Sanitation, dispensaries and jails vaccination Rajputana 1922-1927 - 1922-1927
Year: 1922
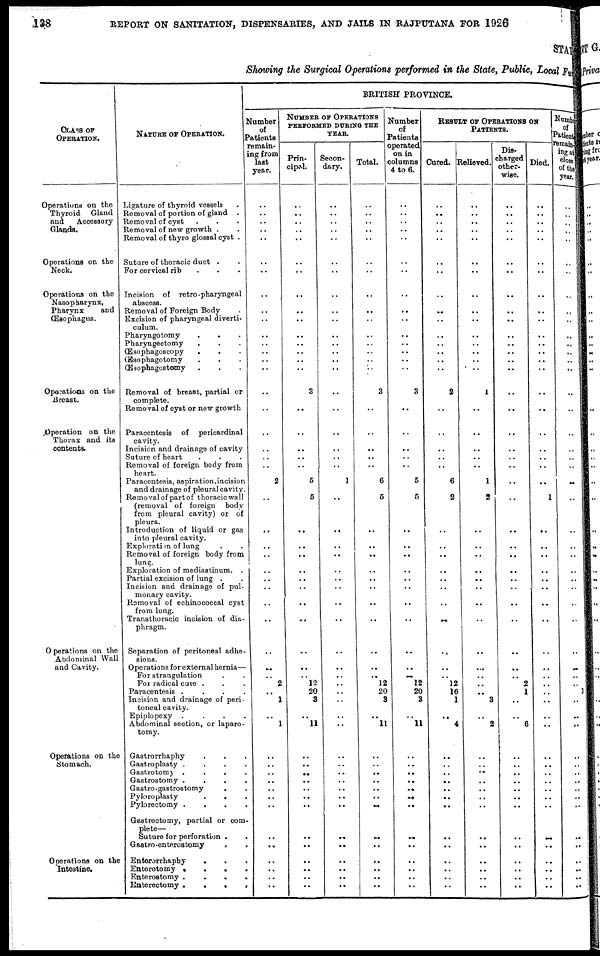
138
REPORT ON SANITATION, DISPENSARIES, AND JAILS IN RAJPUTANA FOR 1926
STATE
Showing the Surgical Operations performed in the State, Public, Local Fund
CLASS OF
OPERATION.
Operations on the
Thyroid Gland
and
Accessory
Glands.
Operations on the
Neck.
Operations on the
Nasopharynx,
Pharynx
and
Œsophagus.
Operations on the
Breast.
Operation on the
Thorax and its
contents.
Operations on the
Abdominal Wall
and Cavity.
Operations on the
Stomach.
Operations on the
Intestine.
NATURE OF OPERATION.
Ligature of thyroid vessels .
Removal of portion of gland .
Removal of cyst . . .
Removal of new growth . .
Removal of thyro glossal cyst .
Suture of thoracic duct . .
For cervical rib . . .
Incision of retro-pharyngeal
abscess.
Removal of Foreign Body .
Excision of pharyngeal diverti¬
culum.
Pharyngotomy . . .
Pharyngectomy . . .
Œsophagoscopy . . .
Œsophagotomy . . .
Œsophagostomy . . .
Removal of breast, partial or
complete.
Removal of cyst or new growth
Paracentesis of pericardinal
cavity.
Incision and drainage of cavity
Suture of heart . . .
Removal of foreign body from
heart.
Paracentesis, aspiration,incision
and drainage of pleural cavity.
Removal of part of thoracic wall
(removal of foreign body
from pleural cavity) or of
pleura.
Introduction of liquid or gas
into pleural cavity.
Exploration of lung . .
Removal of foreign body from
lung.
Exploration of mediastinum. .
Partial excision of lung . .
Incision and drainage of pul-
monary cavity.
Removal of echinococcal cyst
from lung.
Transthoracic incision of dia-
phragm.
Separation of peritoneal adhe-
sions.
Operations for external hernia—
For strangulation . .
For radical cure . . .
Paracentesis .
.
.
.
Incision and drainage of peri-
toneal cavity.
Epiplopexy .
.
.
.
Abdominal section, or Iaparo¬
tomy.
Gastrorrhaphy . . .
Gastroplasty .
.
.
.
Gastrotomy .
.
.
.
Gastrostomy .
.
.
.
Gastro-gastrostomy
. .
Pyloroplasty
.
. .
Pylorectomy .
.
.
.
Gastrectomy, partial or com¬
plete—
Suture for perforation . .
Gastro-enterostomy . .
Enterorrhaphy
. . .
Enterotomy .
.
.
.
Enterostomy .
.
.
.
Enterectomy .
.
.
.
BRITISH PROVINCE.
Number
of
Patients
remain-
ing from
last
year.
..
..
..
..
..
..
..
..
..
..
..
..
..
..
..
..
..
..
..
..
..
2
..
..
..
..
..
..
..
..
..
..
..
..
2
..
1
..
1
..
..
..
..
..
..
..
..
..
..
..
..
..
NUMBER OF OPERATIONS
PERFORMED DURING THE
YEAR.
Prin-
cipal.
..
..
..
..
..
..
..
..
..
..
..
..
..
..
..
3
..
..
..
..
..
5
5
..
..
..
..
..
..
..
..
..
..
..
12
20
3
..
11
..
..
..
..
..
..
..
..
..
..
..
..
..
Secon-
dary.
..
..
..
..
..
..
..
..
..
..
..
..
..
..
..
..
..
..
..
..
..
1
..
..
..
..
..
..
..
..
..
..
..
..
..
..
..
..
..
..
..
..
..
..
..
..
..
..
..
..
..
..
Total.
..
..
..
..
..
..
..
..
..
..
..
..
..
..
..
3
..
..
..
..
..
6
5
..
..
..
..
..
..
..
..
..
..
.. 12
20
3
..
11
..
..
..
..
..
..
..
..
..
..
..
..
..
Number
of
Patients
operated
on in
columns
4 to 6.
..
..
..
..
..
..
..
..
..
..
..
..
..
..
..
3
..
..
..
..
..
5
5
..
..
..
..
..
..
..
..
..
..
.. 12
20
3
..
11
..
..
..
..
..
..
..
..
..
..
..
..
..
RESULT OF OPERATIONS ON
PATIENTS.
Cured.
..
..
..
..
..
..
..
..
..
..
..
..
..
..
..
2
..
..
..
..
..
6
2
..
..
..
..
..
..
..
..
..
..
.. 12
16
1
..
4
..
..
..
..
..
..
..
..
..
..
..
..
..
Relieved.
..
..
..
..
..
..
..
..
..
..
..
..
..
..
..
1
..
..
..
..
..
1
2
..
..
..
..
..
..
..
..
..
..
..
..
..
3
..
2
..
..
..
..
..
..
..
..
..
..
..
..
..
Dis-
charged
other-
wise.
..
..
..
..
..
..
..
..
..
..
..
..
..
..
..
..
..
..
..
..
..
..
..
..
..
..
..
..
..
..
..
..
..
.. 2
1
..
..
6
..
..
..
..
..
..
..
..
..
..
..
..
..
Died.
..
..
..
..
..
..
..
..
..
..
..
..
..
..
..
..
..
..
..
..
..
..
1
..
..
..
..
..
..
..
..
..
..
..
..
..
..
..
..
..
..
..
..
..
..
..
..
..
..
..
..
..
Number
of
Patients
remain¬
ing at
close
of the
year.
..
..
..
..
..
..
..
..
..
..
..
..
..
..
..
..
..
..
..
..
..
..
..
..
..
..
..
..
..
..
..
..
..
..
..
3
..
..
..
..
..
..
..
..
..
..
..
..
..
..
..
..